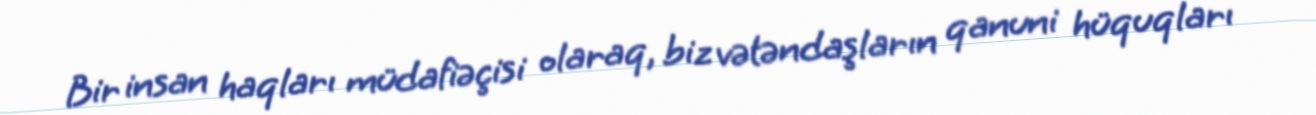
Bir insan haqları müdafiəçisi olaraq, biz vətəndaşların qanuni hüquqları